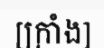
[ក្រាំង]